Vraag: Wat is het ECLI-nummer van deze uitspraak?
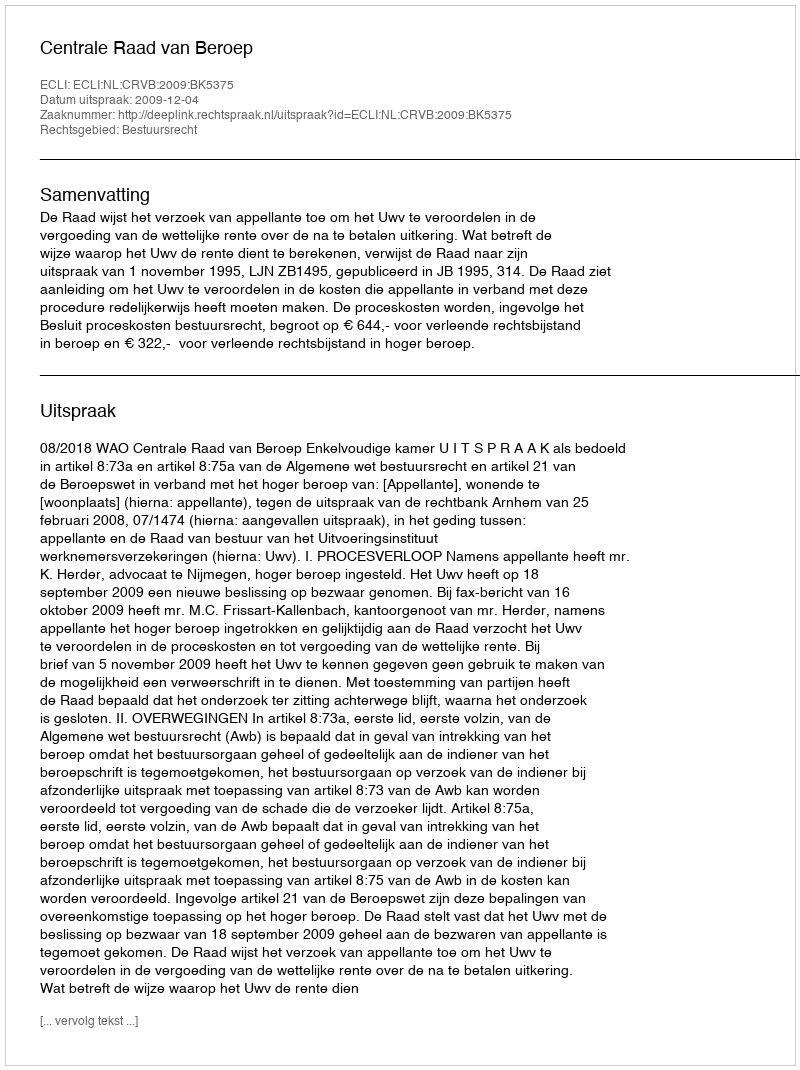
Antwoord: ECLI:NL:CRVB:2009:BK5375